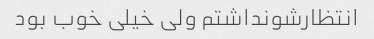
انتظارشو‌نداشتم ولی خیلی خوب بود